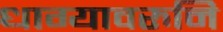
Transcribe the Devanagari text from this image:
धाग्यावरुनि